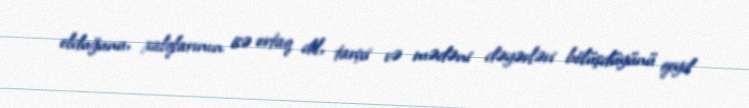
olduğunu, xalqlarının isə ortaq dil, tarixi və mədəni dəyərləri bölüşdüyünü qeyd